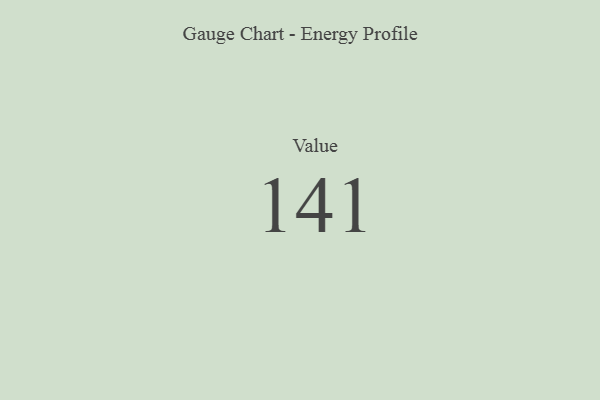
{"axis": {"x": "Metric", "y": "Value"}, "legend": [""], "data": [{"x": "Value", "y": 141, "type": ""}]}